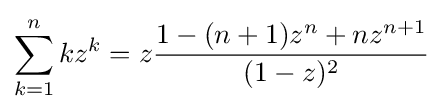
\sum _{k=1}^{n}kz^{k}=z{\frac {1-(n+1)z^{n}+nz^{n+1}}{(1-z)^{2}}}